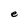
Character: e